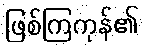
ဖြစ်ကြကုန်၏